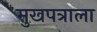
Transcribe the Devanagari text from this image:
मुखपत्राला